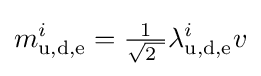
m_{\text{u,d,e}}^{i}={\tfrac {1}{\sqrt {2\ }}}\lambda _{\text{u,d,e}}^{i}v